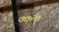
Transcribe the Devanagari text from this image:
७७२७